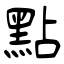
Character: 點